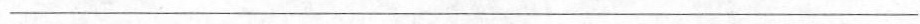
___